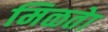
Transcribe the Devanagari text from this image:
मिळतेा